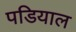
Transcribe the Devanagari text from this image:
पडियाल